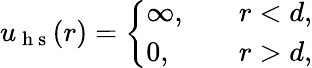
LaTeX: \begin{array}{r}{u_{\mathrm{~h~s~}}(r)=\left\{ \begin{array}{ll}{\infty,\quad}&{r<d,}\\ {0,}&{r>d,}\end{array}\right.}\end{array}